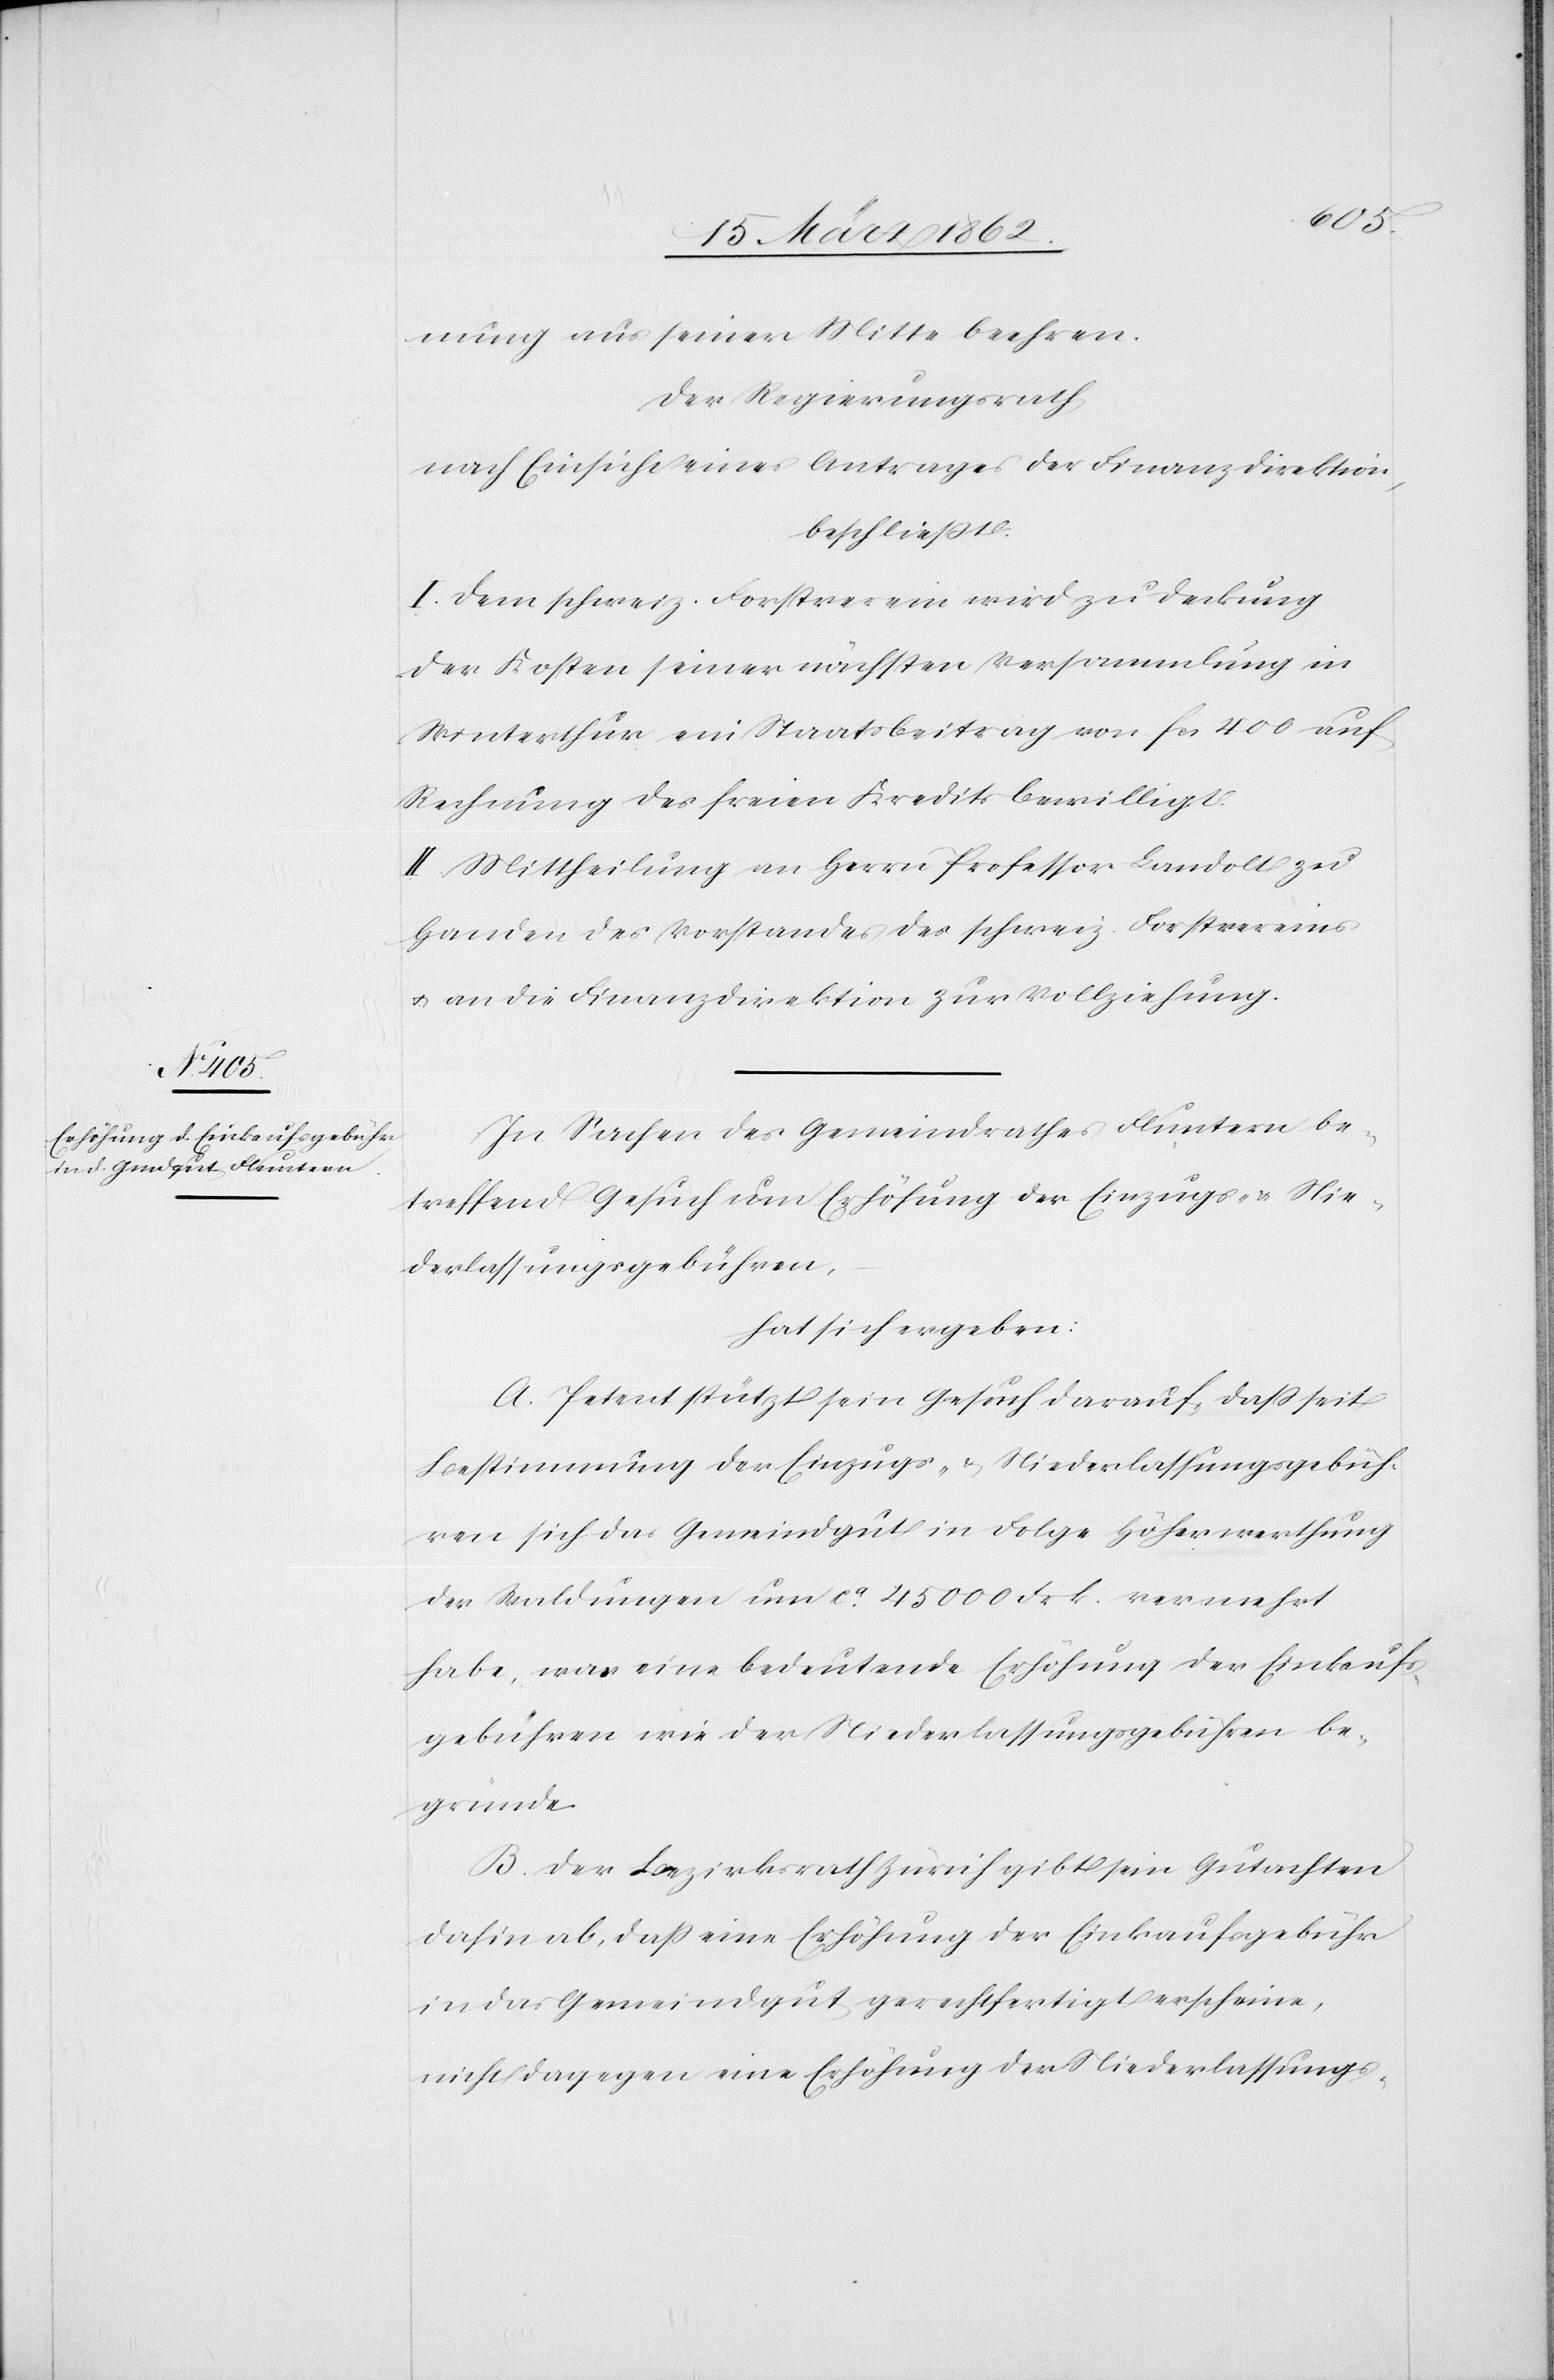
nung aus seiner Mitte beehren.
Der Regierungsrath
nach Einsicht eines Antrages der Finanzdirektion,
beschließt:
I. Dem schweiz. Forstverein wird zu Deckung
der Kosten seiner nächsten Versammlung in
Winterthur ein Staatsbeitrag von fcs 400 auf
Rechnung des freien Kredits bewilligt.
II. Mittheilung an Herrn Professor Landolt zu
Handen des Vorstandes des schweiz. Forstvereins
u. an die Finanzdirektion zur Vollziehung.
In Sachen des Gemeindrathes Fluntern be¬
treffend Gesuch um Erhöhung der Einzugs- & Nie¬
derlassungsgebühren,
hat sich ergeben:
A. Petent stützt sein Gesuch darauf, daß seit
Bestimmung der Einzugs- & Niederlassungsgebüh¬
ren sich das Gemeindgut in Folge Höherwerthung
der Waldungen um ca. 45 000 Frk. vermehrt
habe, was eine bedeutende Erhöhung der Einkaufs¬
gebühren wie der Niederlassungsgebühren be¬
gründe.
B. Der Bezirksrath Zürich gibt sein Gutachten
dahin ab, daß eine Erhöhung der Einkaufsgebühr
in das Gemeindgut gerechtfertigt erscheine,
nicht dagegen eine Erhöhung der Niederlassungs-